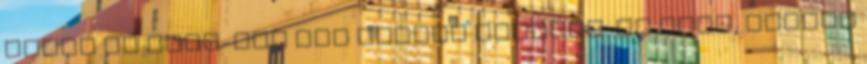
ezért az INFJ-ket nem könnyű átverni. Ők azok, akiket